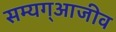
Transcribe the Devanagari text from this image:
सम्यग्आजीव